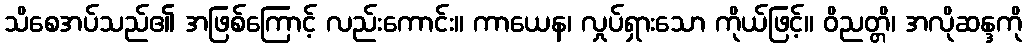
သိစေအပ်သည်၏ အဖြစ်ကြောင့် လည်းကောင်း။ ကာယေန၊ လှုပ်ရှားသော ကိုယ်ဖြင့်။ ဝိညတ္တိ၊ အလိုဆန္ဒကို